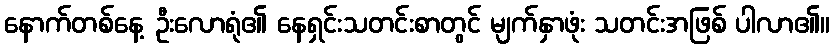
နောက်တစ်နေ့ ဦးလောရုံ၏ နေရှင်းသတင်းစာတွင် မျက်နှာဖုံး သတင်းအဖြစ် ပါလာ၏။